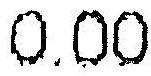
0.00